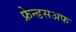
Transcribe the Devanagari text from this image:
फ्रेन्डसअफ